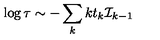
\log \tau \sim - \sum _ { k } k t _ { k } { \cal I } _ { k - 1 }